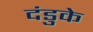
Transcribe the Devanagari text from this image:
दंडुके